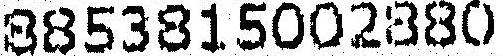
8853815002880